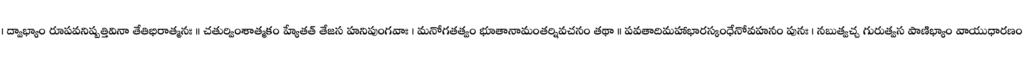
। ద్వాభ్యాం రూపవనిష్పత్తివినా తేతిభిరాత్మనః ॥ చతుర్వింశాత్మకం హ్యేతత్ తేజస హనిపుంగవాః । మనోగతత్వం భూతానామంతర్నివచనం తథా ॥ పవతాదిమహాభారస్కంధేనోవహనం పునః । నబుత్వచ్చ గురుత్వస పాణిభ్యాం వాయుధారణం